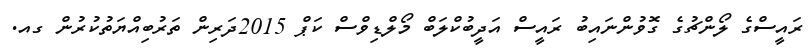
ރައީސްގެ ލޯންޗުގެ ގޮވުންނައިބު ރައީސް އަދީބުކްލަބް މޯލްޑިވްސް ކަޕް 2015ދަރިން ތަރުބިއްޔަތުކުރުން ގއ.